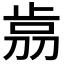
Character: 𣥴